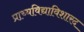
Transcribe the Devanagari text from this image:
प्राच्यविद्याविशारद